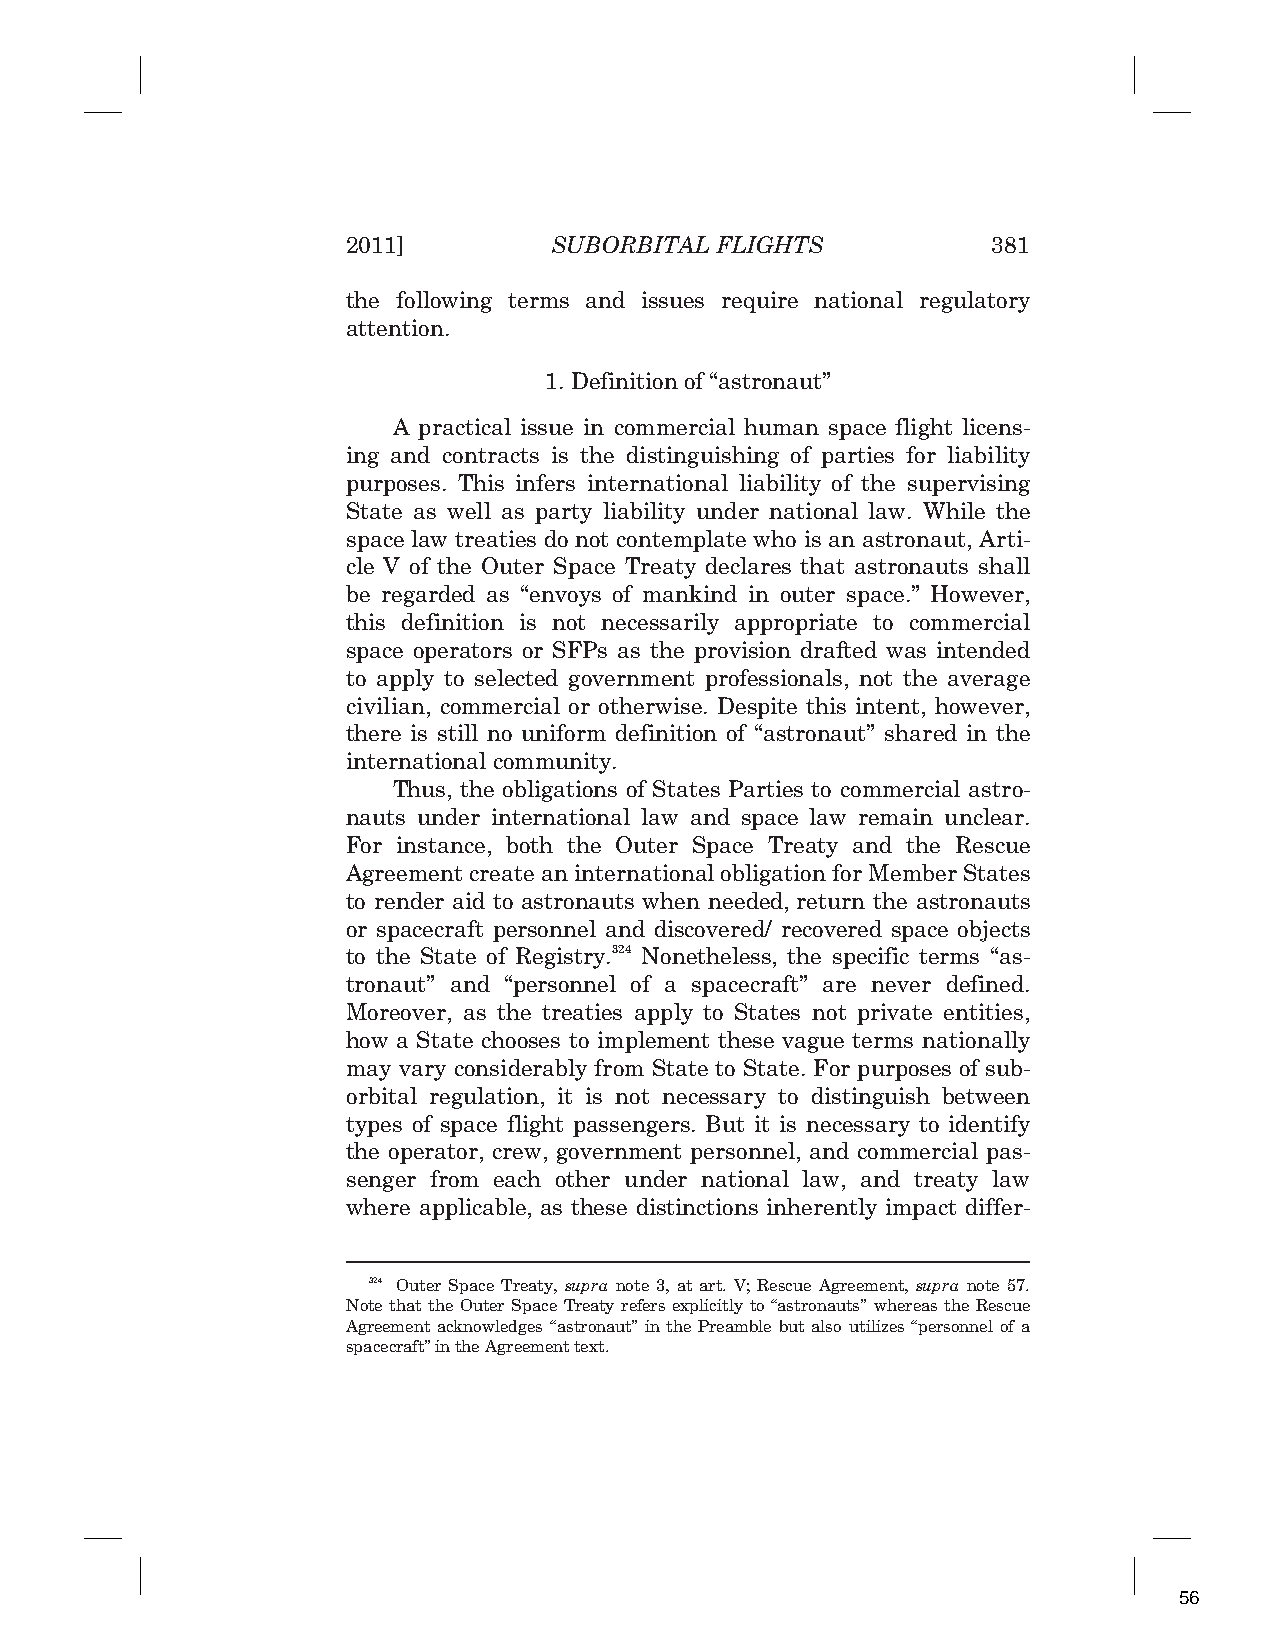
2011]         SUBORBITAL FLIGHTS           381
 the following terms and issues require national regulatory
 attention.
 1. Definition of “astronaut”
 A practical issue in commercial human space flight licens-
 ing and contracts is the distinguishing of parties for liability
 purposes. This infers international liability of the supervising
 State as well as party liability under national law. While the
 space law treaties do not contemplate who is an astronaut, Arti-
 cle V of the Outer Space Treaty declares that astronauts shall
 be regarded as “envoys of mankind in outer space.” However,
 this definition is not necessarily appropriate to commercial
 space operators or SFPs as the provision drafted was intended
 to apply to selected government professionals, not the average
 civilian, commercial or otherwise. Despite this intent, however,
 there is still no uniform definition of “astronaut” shared in the
 international community.
 Thus, the obligations of States Parties to commercial astro-
 nauts under international law and space law remain unclear.
 For instance, both the Outer Space Treaty and the Rescue
 Agreement create an international obligation for Member States
 to render aid to astronauts when needed, return the astronauts
 or spacecraft personnel and discovered/ recovered space objects
 to the State of Registry.324 Nonetheless, the specific terms “as-
 tronaut” and “personnel of a spacecraft” are never defined.
 Moreover, as the treaties apply to States not private entities,
 how a State chooses to implement these vague terms nationally
 may vary considerably from State to State. For purposes of sub-
 orbital regulation, it is not necessary to distinguish between
 types of space flight passengers. But it is necessary to identify
 the operator, crew, government personnel, and commercial pas-
 senger from each other under national law, and treaty law
 where applicable, as these distinctions inherently impact differ-
 324 Outer Space Treaty, supra note 3, at art. V; Rescue Agreement, supra note 57.
 Note that the Outer Space Treaty refers explicitly to “astronauts” whereas the Rescue
 Agreement acknowledges “astronaut” in the Preamble but also utilizes “personnel of a
 spacecraft” in the Agreement text.
 56